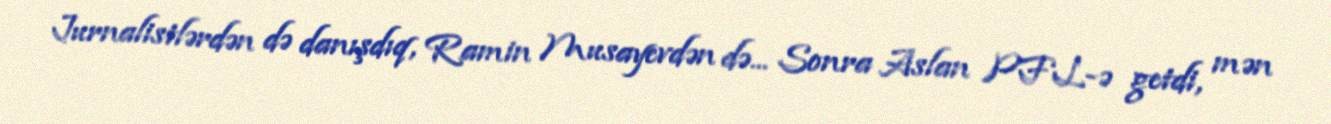
Jurnalistlərdən də danışdıq, Ramin Musayevdən də... Sonra Aslan PFL-ə getdi, mən